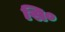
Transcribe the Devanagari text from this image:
सि०